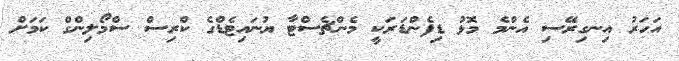
އަހަރު އިނގިރޭސި އެންމެ މޮޅު ޑިފެންޑަރަކީ މެންޗެސްޓާ ޔުނައިޓެޑްގެ ކްރިސް ސްމޯލިންގް ކަމަށް